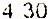
4.30